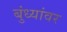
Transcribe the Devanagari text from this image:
बुंध्यांवर